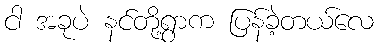
ငါ အခုပဲ နင်တို့ရွာက ပြန်ခဲ့တယ်လေ